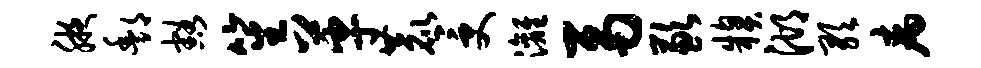
腋酆豁笙革鹿受漓鬲歉糗湖歌病